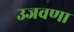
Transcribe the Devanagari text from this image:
उजवणा